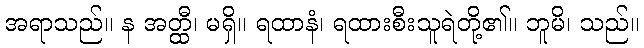
အရာသည်။ န အတ္ထီ၊ မရှိ။ ရထာနံ၊ ရထားစီးသူရဲတို့၏။ ဘူမိ၊ သည်။